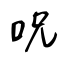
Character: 呪